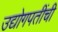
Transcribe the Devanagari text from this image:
उद्योगपतींची